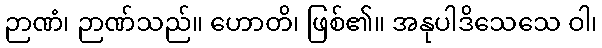
ဉာဏံ၊ ဉာဏ်သည်။ ဟောတိ၊ ဖြစ်၏။ အနုပါဒိသေသေ ဝါ၊